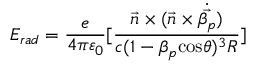
E _ { r a d } = \frac { e } { 4 \pi \varepsilon _ { 0 } } [ \frac { \vec { n } \times ( \vec { n } \times \dot { \vec { \beta _ { p } } } ) } { c ( 1 - \beta _ { p } \mathrm { c o s } \theta ) ^ { 3 } R } ]